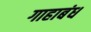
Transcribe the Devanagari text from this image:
गाहाबंध